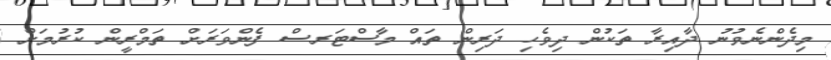
މިދެންނެވުނު ދާއިރާ ތަކުން ދިވެހި ދަރިން ތައް މާސްޓަރސް ފެންވަރަށް ތަމްރީން ކުރުމަށް